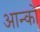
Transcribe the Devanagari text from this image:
आन्को